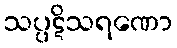
သပ္ပဋိသရဏော